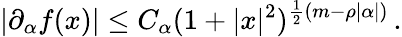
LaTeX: |\partial_{\alpha}f(x)|\le C_{\alpha}(1+|x|^{2})^{\frac{1}{2}(m-\rho|\alpha|)}\, .